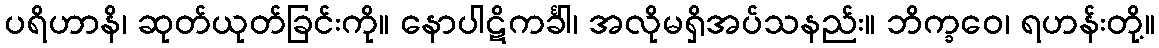
ပရိဟာနိ၊ ဆုတ်ယုတ်ခြင်းကို။ နောပါဋိကင်္ခါ၊ အလိုမရှိအပ်သနည်း။ ဘိက္ခဝေ၊ ရဟန်းတို့။